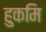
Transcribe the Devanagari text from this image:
हुकमि